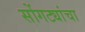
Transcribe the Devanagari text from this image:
सोंगट्यांचा